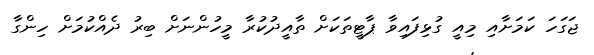
ޖަގަހަ ކަމަށާއި މިއީ ގުޅިފައިވާ ޕާޓީތަކަށް ތާއީދުކުރާ މީހުންނަށް ބިރު ދެއްކުމަށް ހިންގާ